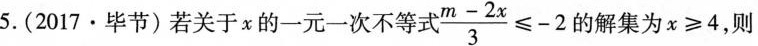
5.(2017·毕节)若关于x的一元一次不等式 $$\frac { m - 2 x } { 3 } ≤ - 2$$ 的解集为$$x ≥ 4$$，则